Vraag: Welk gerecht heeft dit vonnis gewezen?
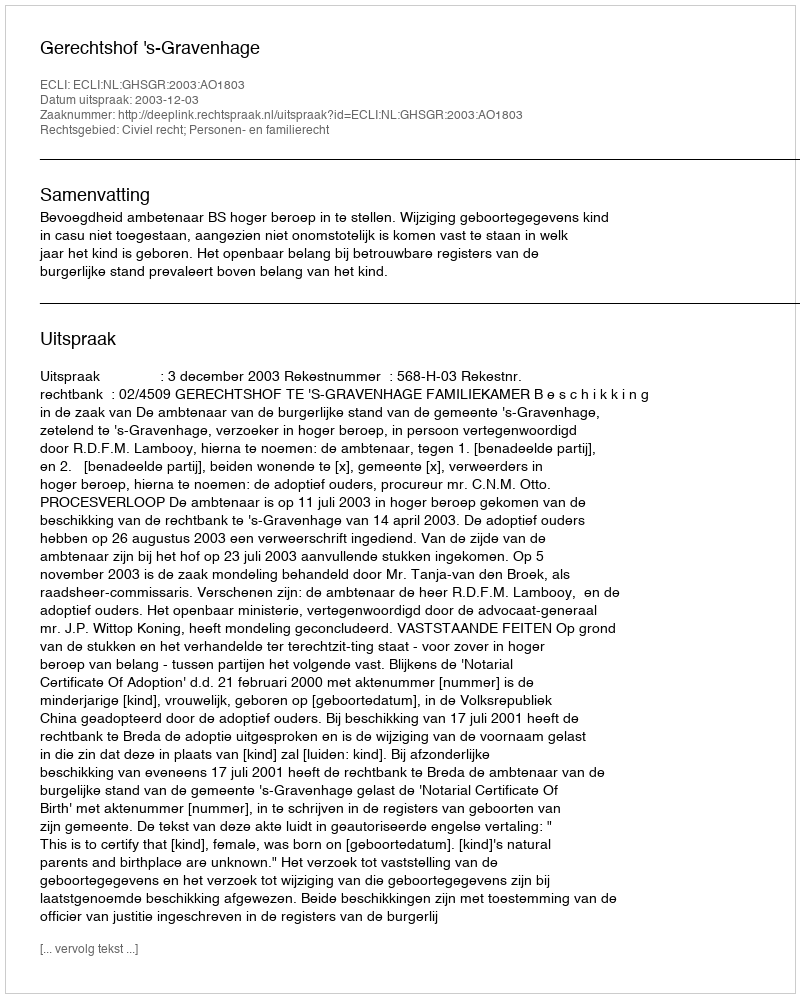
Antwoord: Gerechtshof 's-Gravenhage